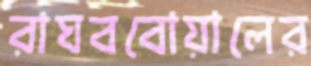
রাঘববোয়ালের